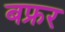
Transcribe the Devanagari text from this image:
बफ्रर